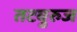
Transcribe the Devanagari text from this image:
तटबुरुज